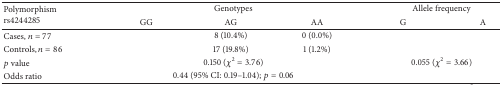
<table><thead><tr><td rowspan="2"><b>Polymorphismrs4244285</b></td><td colspan="3"><b>Genotypes</b></td><td colspan="2"><b>Allele frequency</b></td></tr><tr><td><b>GG</b></td><td><b>AG</b></td><td><b>AA</b></td><td><b>G</b></td><td><b>A</b></td></tr></thead><tbody><tr><td>Cases, <i>n</i> = 77</td><td>[EMPTY_CELL]</td><td>8 (10.4%)</td><td>0 (0.0%)</td><td>[EMPTY_CELL]</td><td>[EMPTY_CELL]</td></tr><tr><td>Controls, <i>n</i> = 86</td><td>[EMPTY_CELL]</td><td>17 (19.8%)</td><td>1 (1.2%)</td><td>[EMPTY_CELL]</td><td>[EMPTY_CELL]</td></tr><tr><td><i>p</i> value</td><td colspan="3">0.150 (<i>χ</i><sup>2</sup> = 3.76)</td><td colspan="2">0.055 (<i>χ</i><sup>2</sup> = 3.66)</td></tr><tr><td>Odds ratio</td><td colspan="3">0.44 (95% CI: 0.19–1.04); <i>p</i> = 0.06</td><td colspan="2">[EMPTY_CELL]</td></tr></tbody></table>